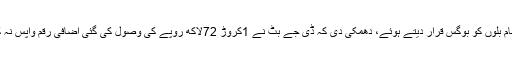
تحریک انصاف کی کمیٹی نے تمام بلوں کو بوگس قرار دیتے ہوئے، دھمکی دی کہ ڈی جے بٹ نے 1کروڑ 72لاکھ روپے کی وصول کی گئی اضافی رقم واپس نہ کی تو لیگل نوٹس بھیجا جائے گا۔